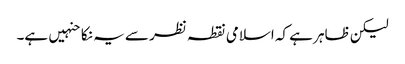
لیکن ظاہر ہے کہ اسلامی نقطہ نظر سے یہ نکاحنہیں ہے۔